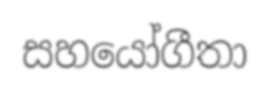
සහයෝගීතා